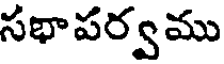
సభాపర్వము